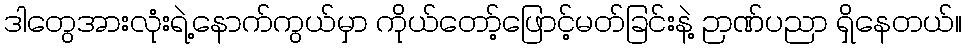
ဒါတွေအားလုံးရဲ့နောက်ကွယ်မှာ ကိုယ်တော့်ဖြောင့်မတ်ခြင်းနဲ့ ဉာဏ်ပညာ ရှိနေတယ်။